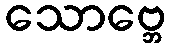
သောဗ္ဘေ